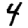
Digit: 4